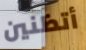
أتظنين